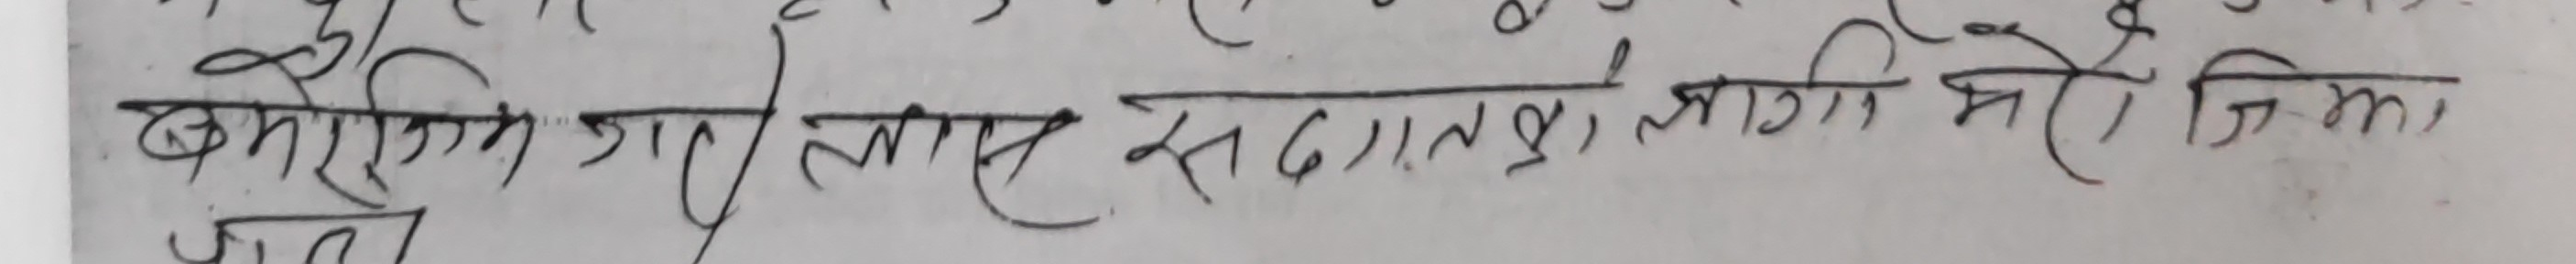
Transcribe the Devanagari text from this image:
बगेको गोर्खास सदातलश, लागि मेरो जिम्मा।